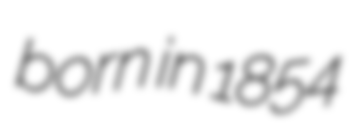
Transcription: born in 1854